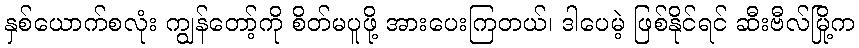
နှစ်ယောက်စလုံး ကျွန်တော့်ကို စိတ်မပူဖို့ အားပေးကြတယ်၊ ဒါပေမဲ့ ဖြစ်နိုင်ရင် ဆီးဗီလ်မြို့က